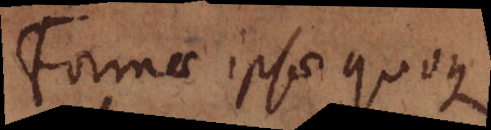
Formae ipsae quoque